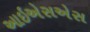
આઇએસએસ